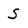
Character: s